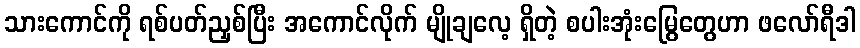
သားကောင်ကို ရစ်ပတ်ညှစ်ပြီး အကောင်လိုက် မျိုချလေ့ ရှိတဲ့ စပါးအုံးမြွေတွေဟာ ဖလော်ရီဒါ